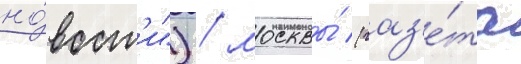
но́вост'и") / москвы́ (газ'е́та